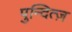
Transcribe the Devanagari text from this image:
पुन्दित्ज़